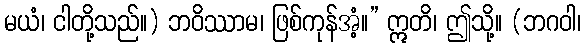
မယံ၊ ငါတို့သည်။) ဘဝိဿာမ၊ ဖြစ်ကုန်အံ့။” ဣတိ၊ ဤသို့။ (ဘဂဝါ၊